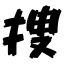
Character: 捜